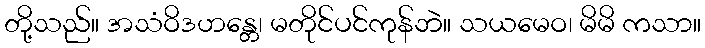
တို့သည်။ အသံဝိဒဟန္တေ၊ မတိုင်ပင်ကုန်ဘဲ။ သယမေဝ၊ မိမိ ကသာ။